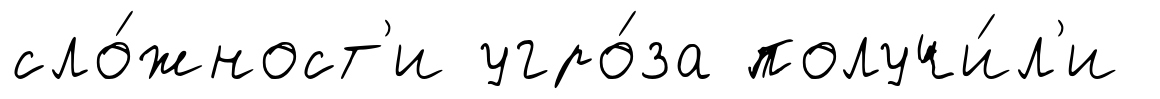
сло́жност'и угро́за получи́л'и